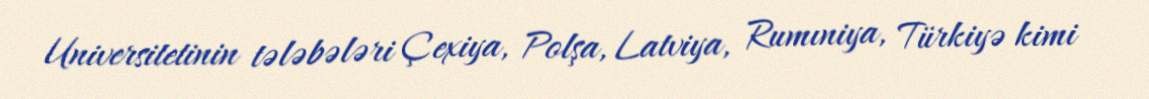
Universitetinin tələbələri Çexiya, Polşa, Latviya, Rumıniya, Türkiyə kimi